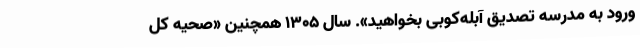
ورود به مدرسه تصدیق آبله‌کوبی بخواهید». سال ۱۳۰۵ همچنین «صحیه کل